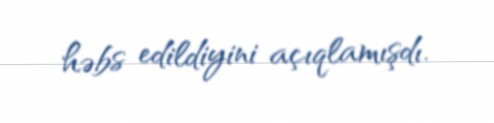
həbs edildiyini açıqlamışdı.